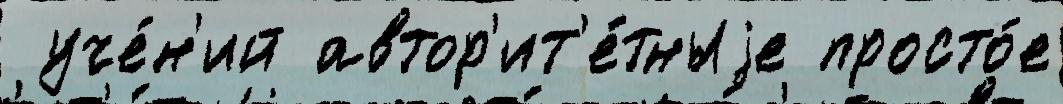
 уче́н'ий автор'ит'е́тныjе просто́е